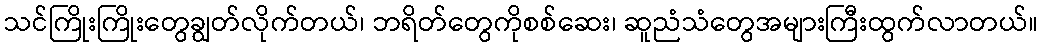
သင်ကြိုးကြိုးတွေချွတ်လိုက်တယ်၊ ဘရိတ်တွေကိုစစ်ဆေး၊ ဆူညံသံတွေအများကြီးထွက်လာတယ်။